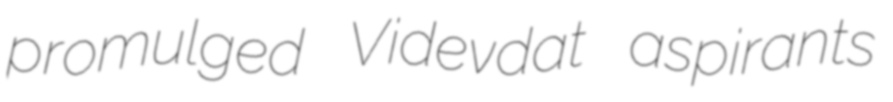
promulged Videvdat aspirants